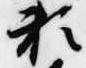
頼